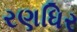
રણધિર